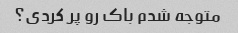
متوجه شدم باک رو پر کردی؟